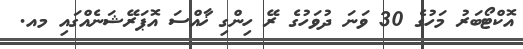
އޮކްޓޯބަރު މަހުގެ 30 ވަނަ ދުވަހުގެ ރޭ ހިންގި ޚާއްސަ އޮޕަރޭޝަނެއްގައި މއ.